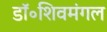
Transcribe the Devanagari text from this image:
डॉ॰शिवमंगल